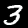
Label: 3